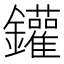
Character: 鑵